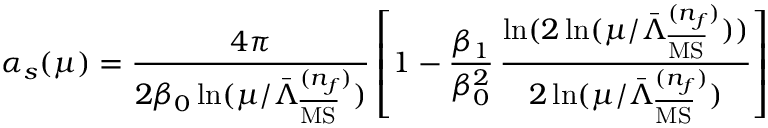
\alpha _ { s } ( \mu ) = \frac { 4 \pi } { 2 \beta _ { 0 } \ln ( \mu / \bar { \Lambda } _ { \overline { { { \mathrm { M S } } } } } ^ { ( n _ { f } ) } ) } \left[ 1 - \frac { \beta _ { 1 } } { \beta _ { 0 } ^ { 2 } } \, \frac { \ln ( 2 \ln ( \mu / \bar { \Lambda } _ { \overline { { { \mathrm { M S } } } } } ^ { ( n _ { f } ) } ) ) } { 2 \ln ( \mu / \bar { \Lambda } _ { \overline { { { \mathrm { M S } } } } } ^ { ( n _ { f } ) } ) } \right]